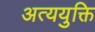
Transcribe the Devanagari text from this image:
अत्ययुक्ति